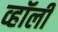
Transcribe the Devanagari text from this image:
व्हॉली